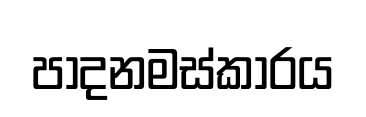
පාදනමස්කාරය